Calcutta medical institutions reports 1892-1900
Year: 1892
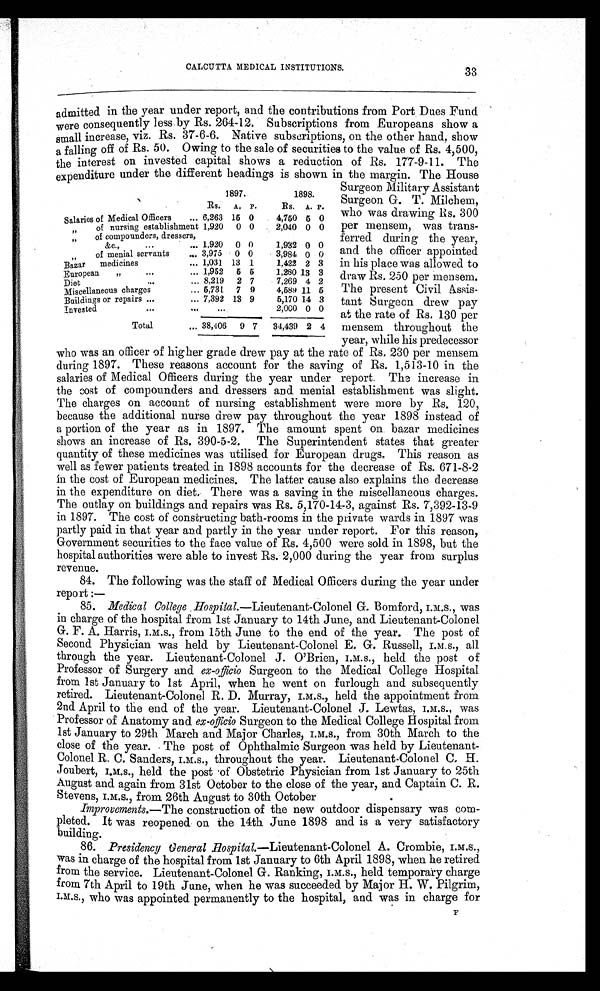
CALCUTTA MEDICAL INSTITUTIONS.
admitted in the year under report, and the contributions from Port Dues Fund
were consequently less by Rs. 264-12. Subscriptions from Europeans show a
small increase, viz. Rs. 37-6-6. Native subscriptions, on the other hand, show
a falling off of Rs. 50. Owing to the sale of securities to the value of Rs. 4,500,
the interest on invested capital shows a reduction of Rs. 177-9-11. The
expenditure under the different headings is shown in the margin. The House
Surgeon Military Assistant
Surgeon G. T. Milchem,
who was drawing Rs. 300
per mensem, was trans-
ferred during the year,
and the officer appointed
in his place was allowed to
draw Rs. 2.50 per mensem.
The present Civil Assis-
tant Surgeon drew pay
at the rate of Rs. 130 per
mensem throughout the
year, while his predecessor
who was an officer of higher grade drew pay at the rate of Rs. 230 per mensem
during 1897. These reasons account for the saving of Rs. 1,513-10 in the
salaries of Medical Officers during the year under report. The increase in
the cost of compounders and dressers and menial establishment was slight.
The charges on account of nursing establishment were more by Rs. 120,
because the additional nurse drew pay throughout the year 1898 instead of
a portion of the year as in 1897. The amount spent on bazar medicines
shows an increase of Rs. 390-5-2. The Superintendent states that greater
quantity of these medicines was utilised for European drugs. This reason as
well as fewer patients treated in 1898 accounts for the decrease of Rs. 671-8-2
in the cost of European medicines. The latter cause also explains the decrease
in the expenditure on diet. There was a saving in the miscellaneous charges.
The outlay on buildings and repairs was Rs. 5,170-14-3, against Rs. 7,392-13-9
in 1897. The cost of constructing bath-rooms in the private wards in 1897 was
partly paid in that year and partly in the year under report. For this reason,
Government securities to the face value of Rs. 4,500 were sold in 1898, but the
hospital authorities were able to invest Rs. 2,000 during the year from surplus
revenue.
84. The following was the staff of Medical Officers during the year under
report:—
85. Medical College Hospital. —Lieutenant-Colonel G. Bomford, I.M.S., was
in charge of the hospital from 1st January to 14th June, and Lieutenant-Colonel
G. F. A. Harris, I.M.S., from 15th June to the end of the year. The post of
Second Physician was held by Lieutenant-Colonel E. G. Russell, I.M.S., all
through the year. Lieutenant-Colonel J. O'Brien, I.M.S., held the post of
Professor of Surgery and ex-officio Surgeon to the Medical College Hospital
from 1st January to 1st April, when he went on furlough and subsequently
retired. Lieutenant-Colonel R. D. Murray, I.M.S., held the appointment from
2nd April to the end of the year. Lieutenant-Colonel J. Lewtas, I.M.S., was
Professor of Anatomy and. ex-officio Surgeon to the Medical College Hospital from
1st January to 29th March and Major Charles, I.M.S., from 30th March to the
close of the year. The post of Ophthalmic Surgeon was held by Lieutenant-
Colonel R. C. Sanders, I.M.S., throughout the year. Lieutenant-Colonel C. H.
Joubert, I.M.S., held the post of Obstetric Physician from 1st January to 25th
August and again from 31st October to the close of the year, and Captain C. R.
Stevens, I.M.S., from 26th August to 30th October
Improvements.— The construction of the new outdoor dispensary was com-
pleted. It was reopened on the 14th June 1898 and is a very satisfactory
building.
86. Presidency General Hospital. —Lieutenant-Colonel A. Crombie, I.M.S.,
was in charge of the hospital from 1st January to 6th April 1898, when he retired
from the service. Lieutenant-Colonel G. Ranking, I.M.S., held temporary charge
from 7th April to 19th June, when he was succeeded by Major H. W. Pilgrim,
I.M.S., who was appointed permanently to the hospital, and was in charge for
F
33
1897.
1898.
Rs. A. P.
Rs. A. P.
Salaries of Medical Officers
... 6,263 15 0
4,750 5 0
" o f n u r s i n g e s t a b l i s h m e n t 1,920
0 0
2,040 0 0
" of compounders, dressers,
&c.,
...
... 1,920 0 0
1,932 0 0
" o f m e n i a l s e r v a n t s
... 3,975 0 0
3,984 0 0
Bazar medicines
... 1,031 13 1
1,422 2 3
European "
...
... 1,952 5 5
1,280 13 3
Diet
...
... 8,219 2 7
7,269 4 2
Miscellaneous charges
... 5,731 7 9
4,589 11 5
Buildings or repairs ...
. . . 7,392 13 9
5,170 14 3
Invested
...
. . .
...
2,000 0 0
Total
... 38,406 9 7
34,439 2 4